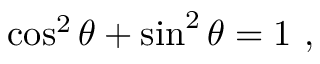
\cos ^ { 2 } \theta + \sin ^ { 2 } \theta = 1 \ ,